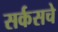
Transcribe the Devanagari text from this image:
सर्कसचे